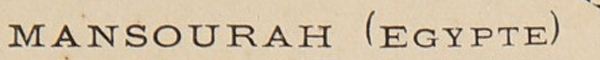
MANSOURAH (EGYPTE)